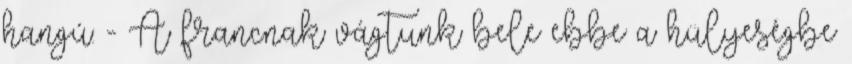
hangú: - A francnak vágtunk bele ebbe a hülyeségbe